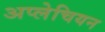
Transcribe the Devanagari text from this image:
अप्लेचियन